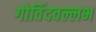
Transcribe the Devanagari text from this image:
गोविंदवल्लभ